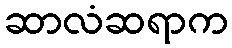
ဆာလံဆရာက